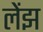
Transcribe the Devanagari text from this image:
लेंझ